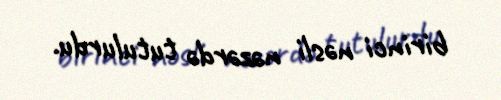
birinci nəsli nəzərdə tutulurdu.